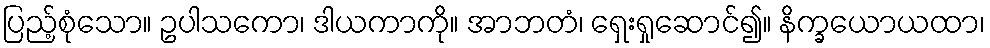
ပြည့်စုံသော။ ဥပါသကော၊ ဒါယကာကို။ အာဘတံ၊ ရှေးရှုဆောင်၍။ နိက္ခယောယထာ၊